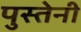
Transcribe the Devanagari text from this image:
पुस्तेनी